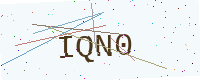
Text: IQN0